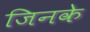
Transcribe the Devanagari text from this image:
जिनके